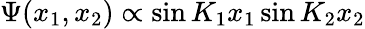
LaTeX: \Psi(x_{1},x_{2})\propto\sin K_{1}x_{1}\sin K_{2}x_{2}